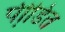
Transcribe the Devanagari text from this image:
पीडि़त